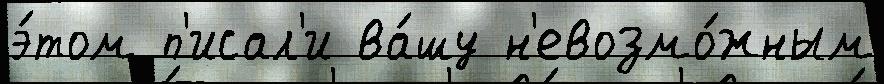
э́том п'исал'и ва́шу н'евозмо́жным